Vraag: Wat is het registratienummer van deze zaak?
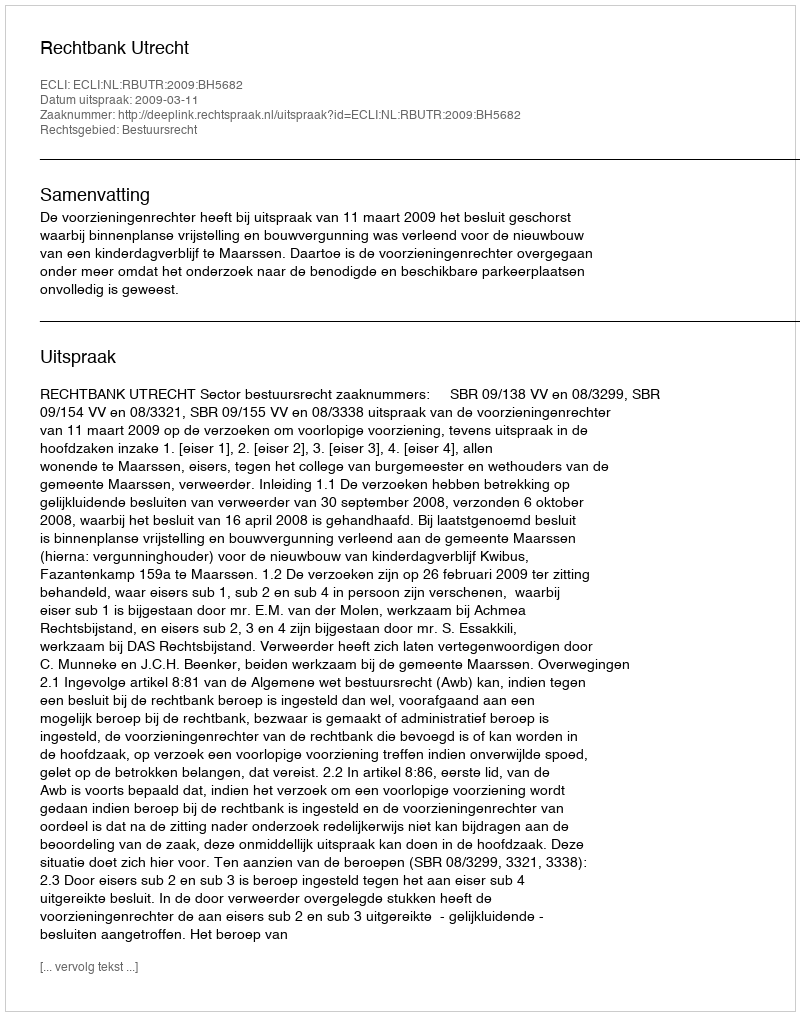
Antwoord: http://deeplink.rechtspraak.nl/uitspraak?id=ECLI:NL:RBUTR:2009:BH5682